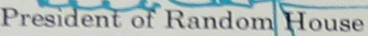
President of Random House